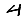
Digit: 4